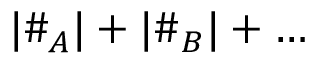
| \# _ { A } | + | \# _ { B } | + \ldots